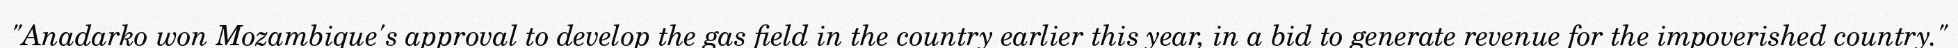
"Anadarko won Mozambique's approval to develop the gas field in the country earlier this year, in a bid to generate revenue for the impoverished country."